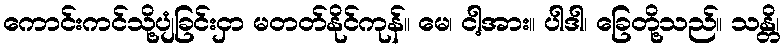
ကောင်းကင်သို့ပျံခြင်းငှာ မတတ်နိုင်ကုန်။ မေ၊ ငါ့အား။ ပါဒါ၊ ခြေတို့သည်။ သန္တိ၊